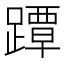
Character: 𨅭